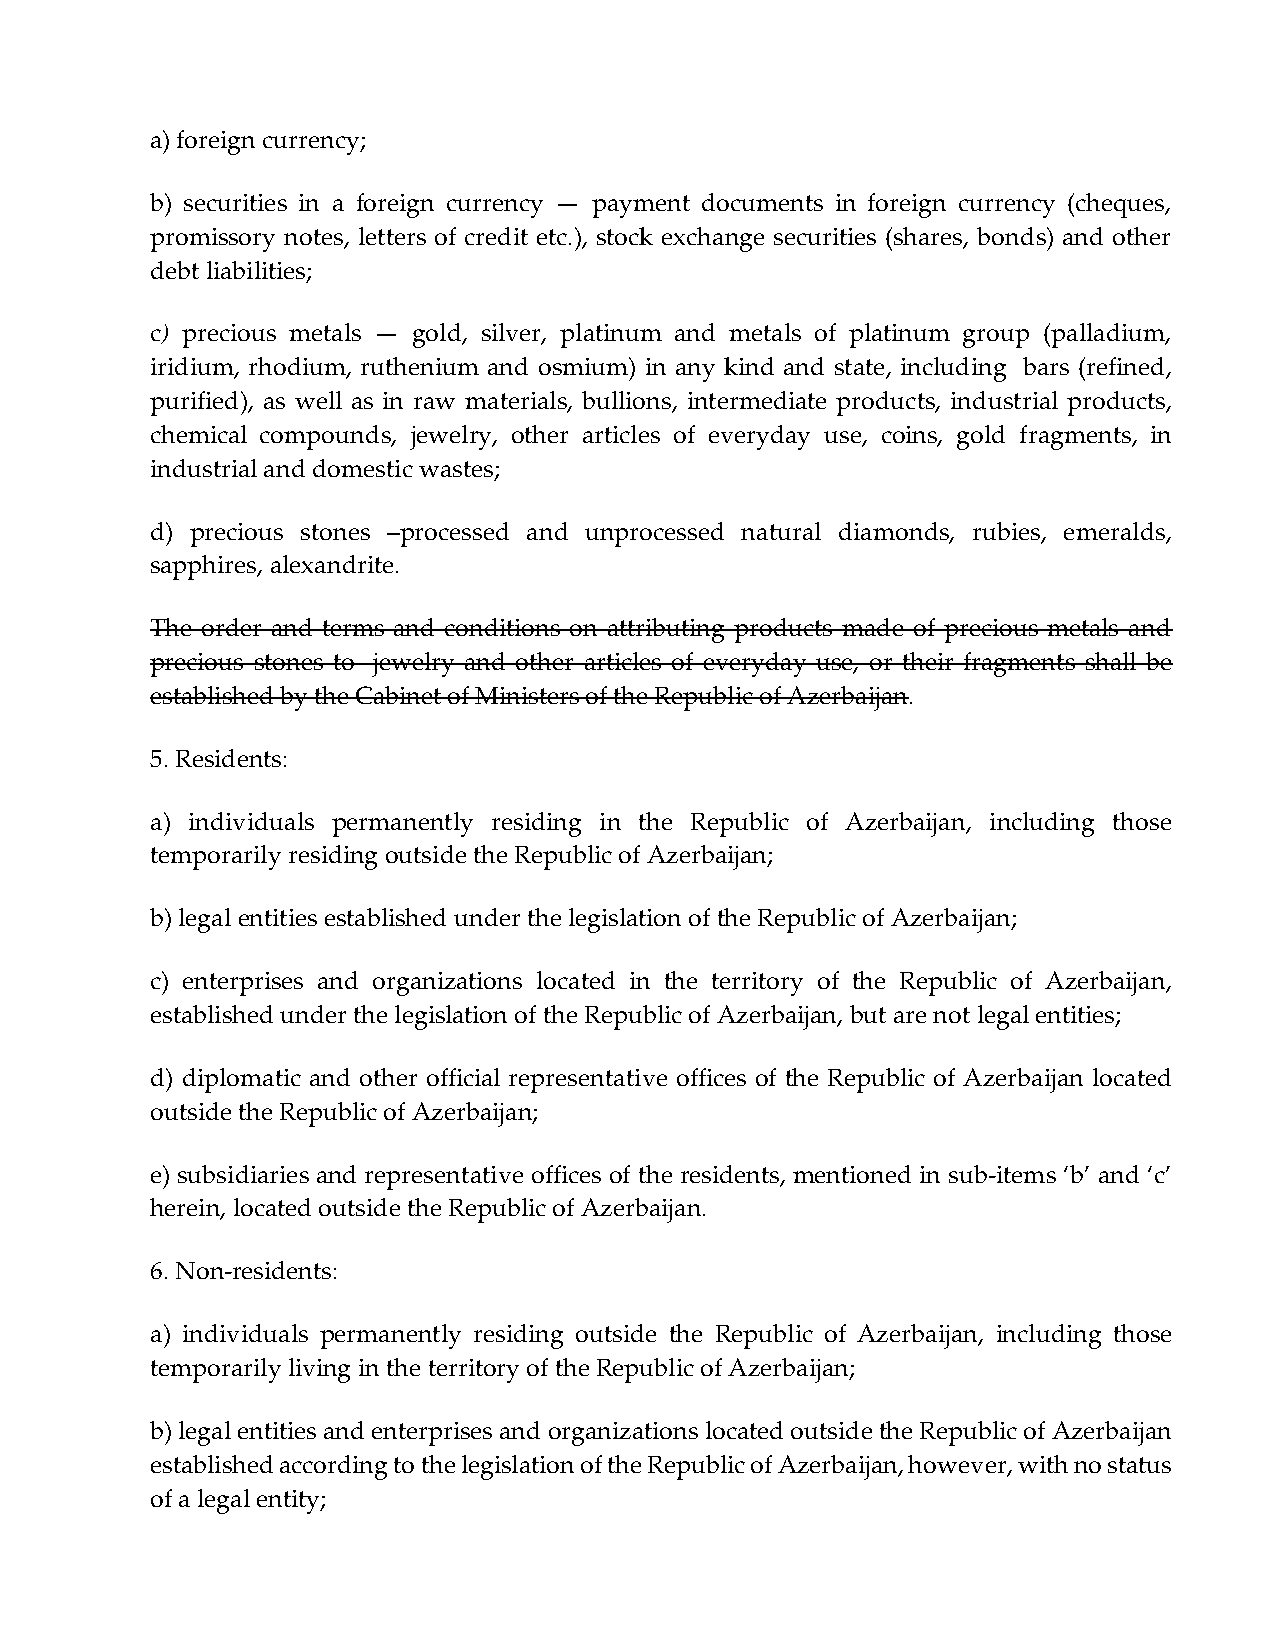
a) foreign currency;
 b) securities in a foreign currency — payment documents in foreign currency (cheques,
 promissory notes, letters of credit etc.), stock exchange securities (shares, bonds) and other
 debt liabilities;
 c) precious metals — gold, silver, platinum and metals of platinum group (palladium,
 iridium, rhodium, ruthenium and osmium) in any kind and state, including bars (refined,
 purified), as well as in raw materials, bullions, intermediate products, industrial products,
 chemical compounds, jewelry, other articles of everyday use, coins, gold fragments, in
 industrial and domestic wastes;
 d) precious stones –processed and unprocessed natural diamonds, rubies, emeralds,
 sapphires, alexandrite.
 The order and terms and conditions on attributing products made of precious metals and
 precious stones to jewelry and other articles of everyday use, or their fragments shall be
 established by the Cabinet of Ministers of the Republic of Azerbaijan.
 5. Residents:
 a) individuals permanently residing in the Republic of Azerbaijan, including those
 temporarily residing outside the Republic of Azerbaijan;
 b) legal entities established under the legislation of the Republic of Azerbaijan;
 c) enterprises and organizations located in the territory of the Republic of Azerbaijan,
 established under the legislation of the Republic of Azerbaijan, but are not legal entities;
 d) diplomatic and other official representative offices of the Republic of Azerbaijan located
 outside the Republic of Azerbaijan;
 e) subsidiaries and representative offices of the residents, mentioned in sub-items ‘b’ and ‘c’
 herein, located outside the Republic of Azerbaijan.
 6. Non-residents:
 a) individuals permanently residing outside the Republic of Azerbaijan, including those
 temporarily living in the territory of the Republic of Azerbaijan;
 b) legal entities and enterprises and organizations located outside the Republic of Azerbaijan
 established according to the legislation of the Republic of Azerbaijan, however, with no status
 of a legal entity;